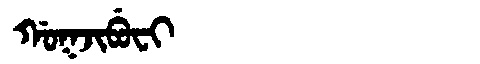
Manchu: ᡤᠣᡴᠵᡳᠪᡠᠸᡳ
Romanization: GOKJIBUFI